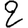
Digit: 2